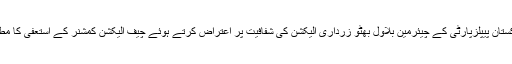
واضح رہے کہ پاکستان پیپلزپارٹی کے چیئرمین بلاول بھٹو زرداری الیکشن کی شفافیت پر اعتراض کرتے ہوئے چیف الیکشن کمشنر کے استعفیٰ کا مطالبہ کر چکے ہیں۔